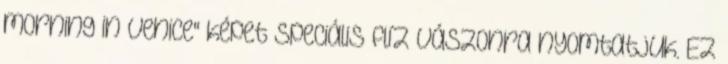
morning in Venice" képet speciális flíz vászonra nyomtatjuk. Ez